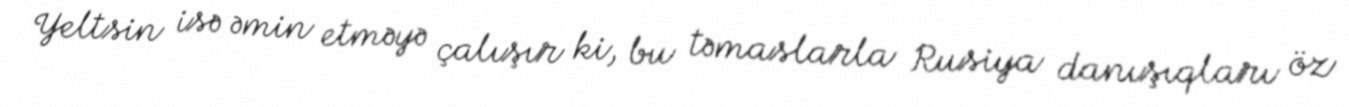
Yeltsin isə əmin etməyə çalışır ki, bu təmaslarla Rusiya danışıqları öz